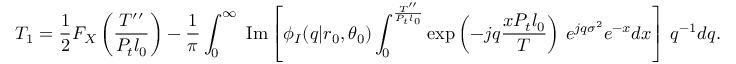
T _ { 1 } = \frac { 1 } { 2 } F _ { X } \left( \frac { T ^ { \prime \prime } } { P _ { t } l _ { 0 } } \right) - \frac { 1 } { \pi } \int _ { 0 } ^ { \infty } \mathrm { \normalfont ~ I m } \left[ \phi _ { I } ( q | r _ { 0 } , \theta _ { 0 } ) \int _ { 0 } ^ { \frac { T ^ { \prime \prime } } { P _ { t } l _ { 0 } } } \exp \left( - j q \frac { x P _ { t } l _ { 0 } } { T } \right) \, e ^ { j q \sigma ^ { 2 } } e ^ { - x } d x \right] \, q ^ { - 1 } d q .